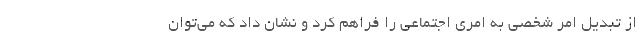
از تبديل امر شخصي به امري اجتماعي را فراهم كرد و نشان داد كه مي‌توان